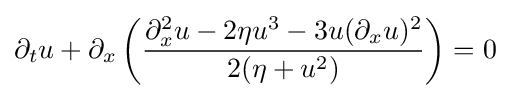
\displaystyle \partial _{t}u+\partial _{x}\left({\frac {\partial _{x}^{2}u-2\eta u^{3}-3u(\partial _{x}u)^{2}}{2(\eta +u^{2})}}\right)=0